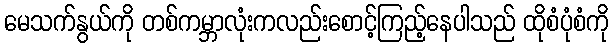
မေသက်နွယ်ကို တစ်ကမ္ဘာလုံးကလည်းစောင့်ကြည့်နေပါသည် ထိုစံပုံစံကို